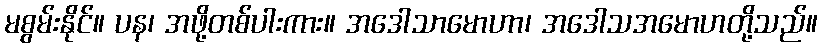
မစွမ်းနိုင်။ ပန၊ အဖို့တစ်ပါးကား။ အဒေါသာမောဟာ၊ အဒေါသအမောဟတို့သည်။